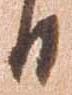
日